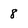
Character: 8